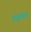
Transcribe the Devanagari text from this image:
अग्रकय